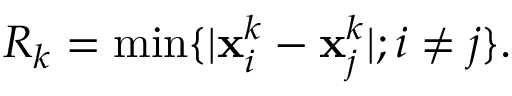
R _ { k } = \operatorname * { m i n } \{ | { \bf x } _ { i } ^ { k } - { \bf x } _ { j } ^ { k } | ; i \neq j \} .